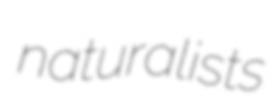
naturalists